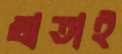
খাতাই